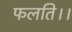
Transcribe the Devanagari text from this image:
फलति।।